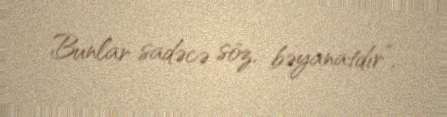
Bunlar sadəcə söz, bəyanatdır”.